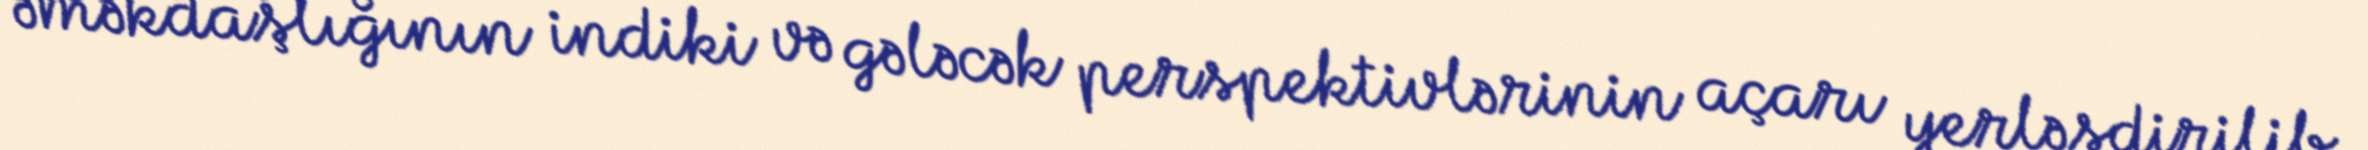
əməkdaşlığının indiki və gələcək perspektivlərinin açarı yerləşdirilib.